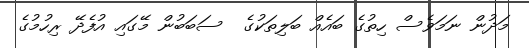
މަދުން ނަމަވެސް ހިތުގެ ބައެއް ބަލިތަކުގެ  ސަބަބުން މޭގައި އުފެދޭ ރިހުމުގެ